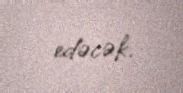
edəcək.